画像に写った文字を読んでください
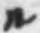
「ル」と書いてあります